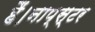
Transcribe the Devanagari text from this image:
हैं।नाप्स्टर